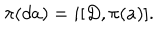
LaTeX: \pi ( d a ) = i [ D , \pi ( a ) ] .